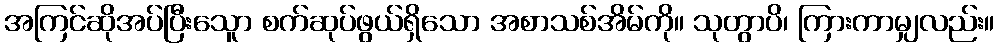
အကြင်ဆိုအပ်ပြီးသေူာ စက်ဆုပ်ဖွယ်ရှိသော အစာသစ်အိမ်ကို။ သုတွာပိ၊ ကြားကာမျှလည်း။